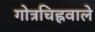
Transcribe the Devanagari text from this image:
गोत्रचिह्नवाले